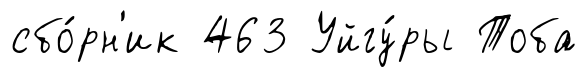
сбо́рн'ик 463 Уйгу́ры Тоба